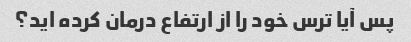
پس آیا ترس خود را از ارتفاع درمان کرده اید؟